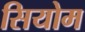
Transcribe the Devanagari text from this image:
सियोम